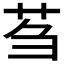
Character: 𫇴